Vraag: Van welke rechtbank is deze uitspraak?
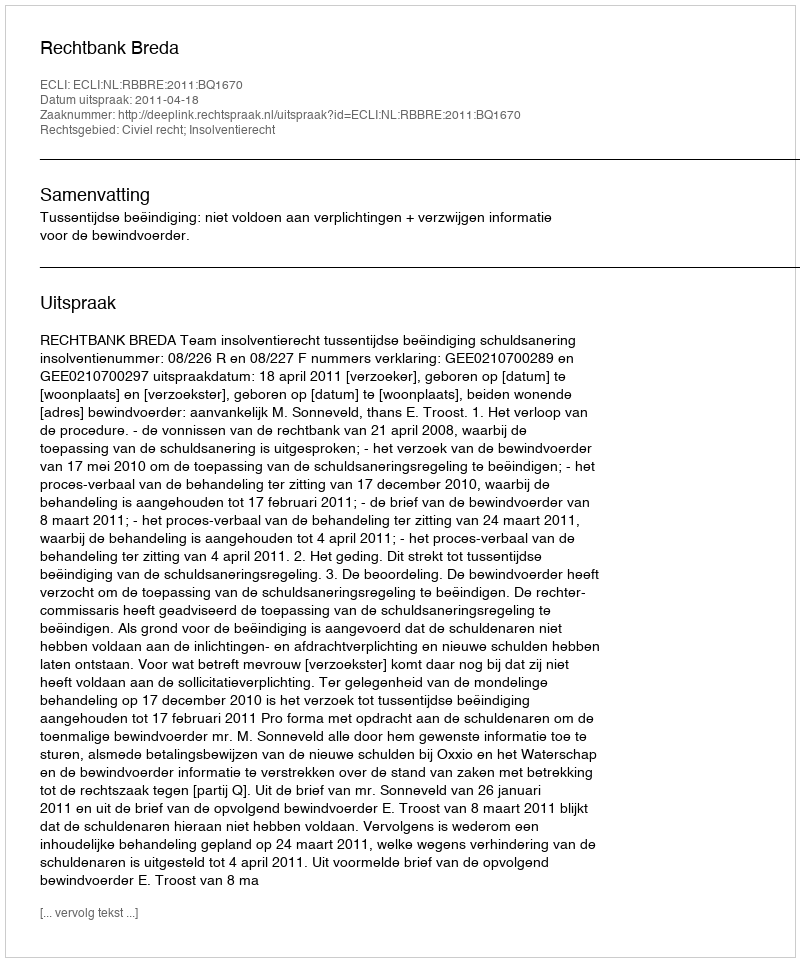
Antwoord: Rechtbank Breda